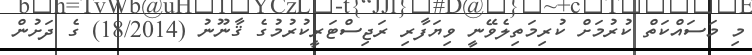
މި މަސައްކަތް ކުރުމަށް ކުރިމަތިލެވޭނީ ވިޔަފާރި ރަޖިސްޓަރީކުރުމުގެ ޤާނޫނު (18/2014) ގެ ދަށުން